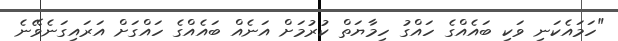
"ހަމައެކަނި ވަކި ބައެއްގެ ހައްގު ހިމާޔަތް ކުރުމަށް އަނެއް ބައެއްގެ ހައްގަށް އަރައިގަނެވޭނެ